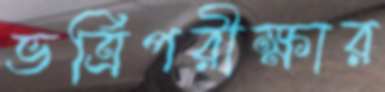
ভর্ত্রিপরীক্ষার